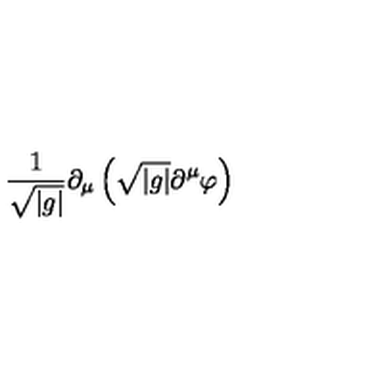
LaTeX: \frac { 1 } { \sqrt { | g | } } \partial _ { \mu } \left( \sqrt { | g | } \partial ^ { \mu } \varphi \right)